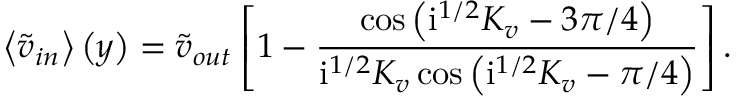
\left\langle { \widetilde { v } _ { i n } } \right\rangle \left( y \right) = \widetilde { v } _ { o u t } \left[ 1 - \frac { \cos { \left( \mathrm { i } ^ { 1 / 2 } K _ { v } - 3 \pi / 4 \right) } } { \mathrm { i } ^ { 1 / 2 } K _ { v } \cos { \left( \mathrm { i } ^ { 1 / 2 } K _ { v } - \pi / 4 \right) } } \right] .